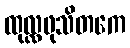
ထုလ္လဖုသိတကေ